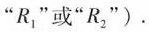
“R_{2}”或“R_{2}”).